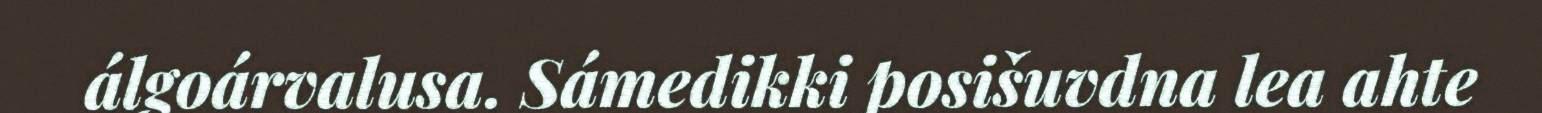
álgoárvalusa. Sámedikki posišuvdna lea ahte